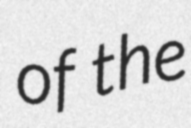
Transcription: of the